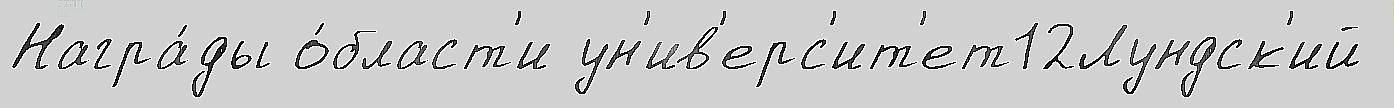
Награ́ды о́бласт'и ун'ив'ерс'ит'ет12Лундск'ий